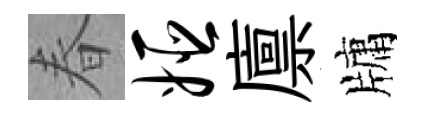
春姬廪牗